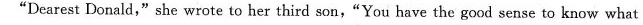
"Dearest Donald," she wrote to her third son,"You have the good sense to know what